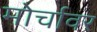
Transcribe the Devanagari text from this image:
मोर्चावर